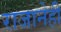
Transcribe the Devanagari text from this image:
राजानेही